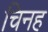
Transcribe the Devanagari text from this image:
चिनह